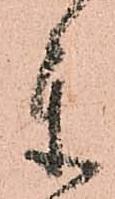
参